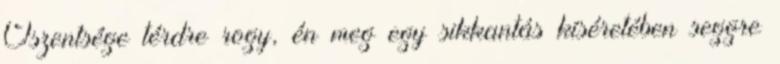
Őszentsége térdre rogy, én meg egy sikkantás kíséretében seggre